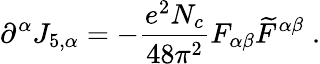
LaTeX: \partial^{\alpha}J_{5,\alpha}=-\frac{e^{2}N_{c}}{48\pi^{2}}F_{\alpha\beta}\widetilde{F}^{\alpha\beta}\; .